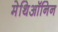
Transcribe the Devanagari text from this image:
मेथिऑनिन